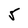
Character: 5